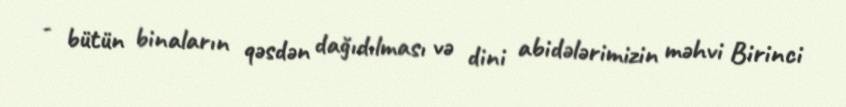
- bütün binaların qəsdən dağıdılması və dini abidələrimizin məhvi Birinci